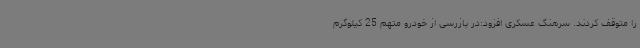
را متوقف کردند. سرهنگ عسکری افزود:در بازرسی از خودرو متهم 25 کیلوگرم